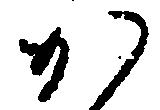
か